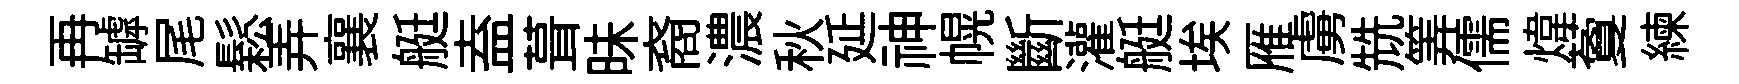
再罅尾鬆弄襄艇盍葺昧裔濃秋延神幌斷灌艇埃雁虜兟筭儒煒藑練